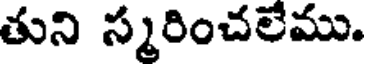
తుని స్మరించలేము.